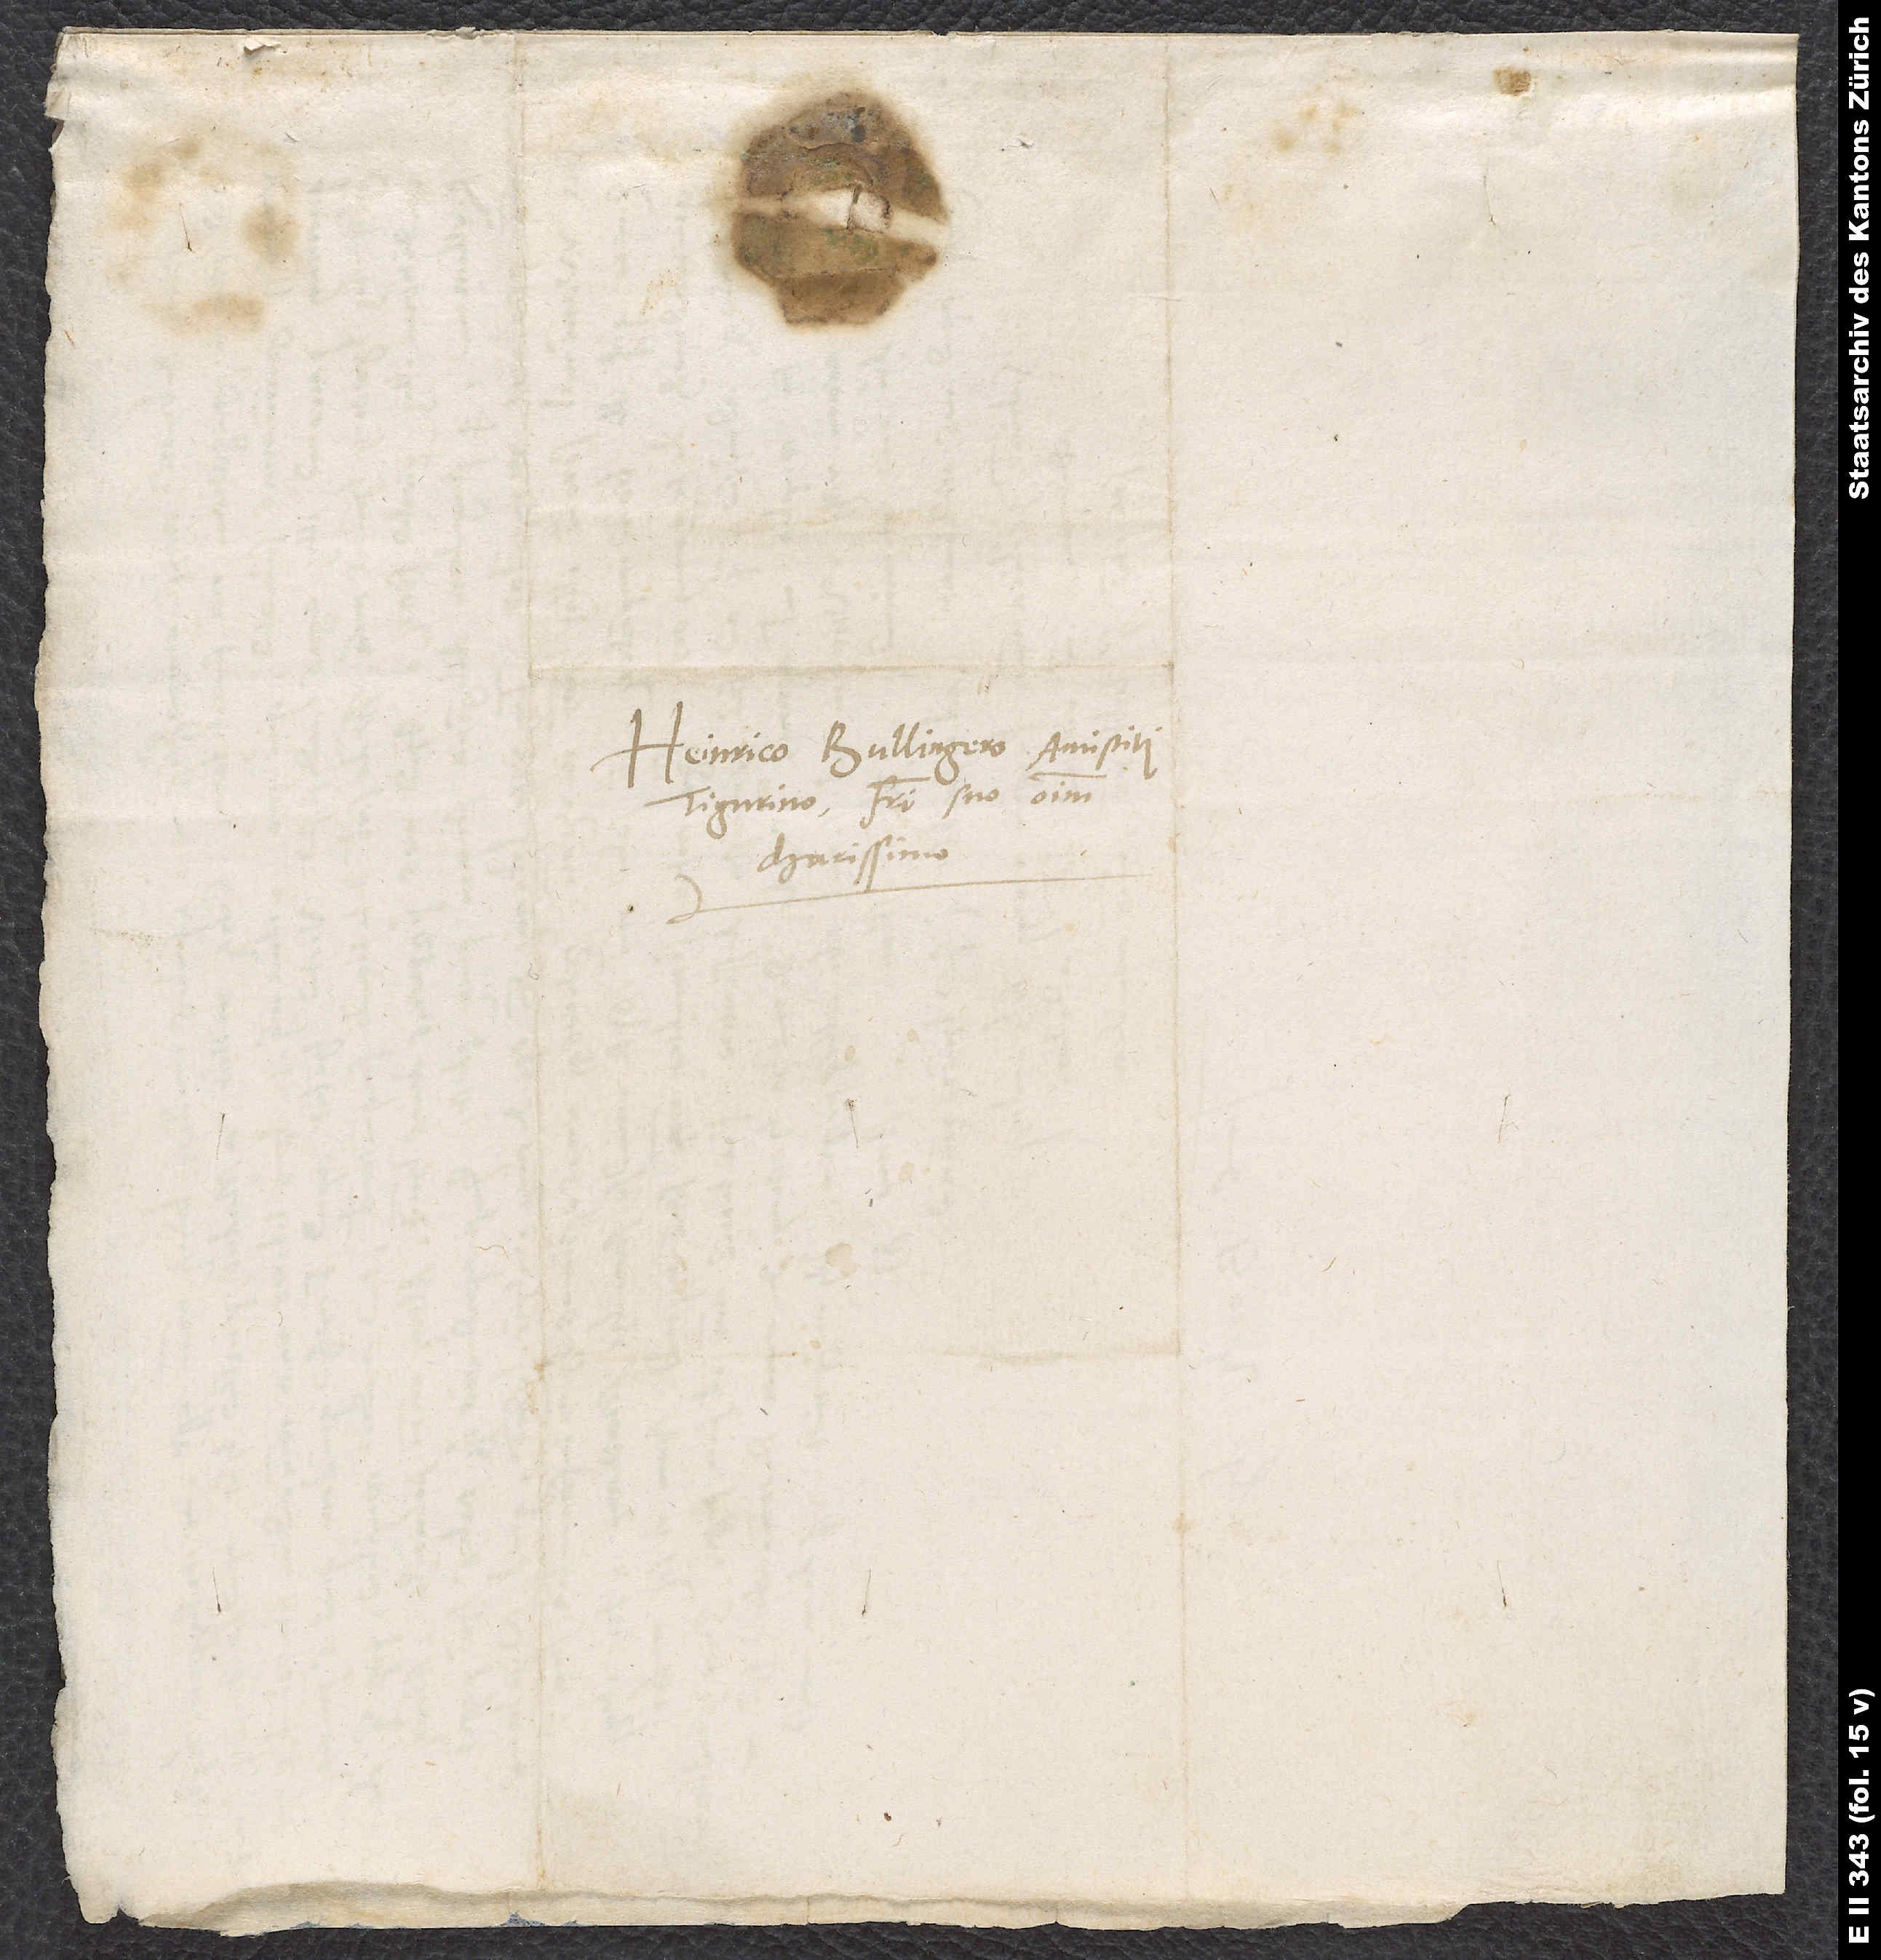
Heinrico Bullingero, antistiti
Tigurino, fratri suo omnium
charissimo.